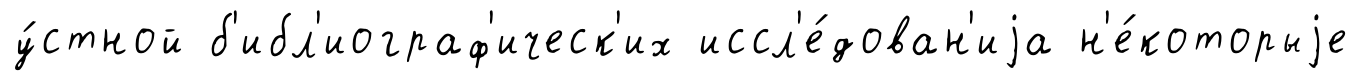
у́стной б'ибл'иограф'ическ'их иссл'е́дован'иjа н'е́которыjе